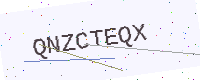
Text: QNZCTEQX